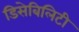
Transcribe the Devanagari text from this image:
डिसेबिलिटी